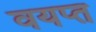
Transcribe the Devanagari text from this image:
वयप्त